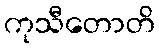
ကုသီတောတိ